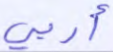
أربى